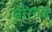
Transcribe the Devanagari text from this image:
वीरगञ्ज